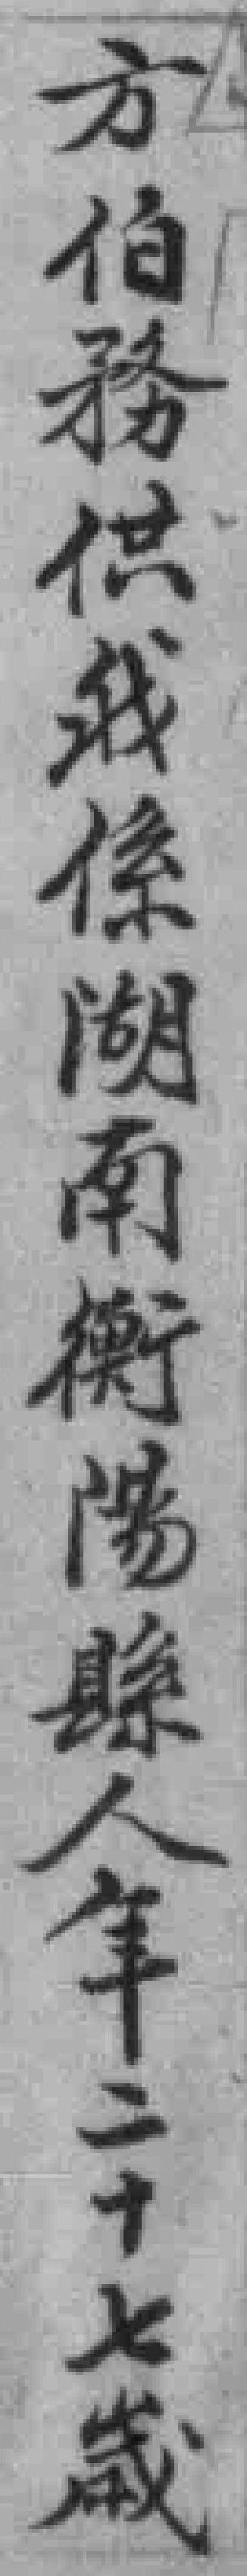
方伯務供我係湖南衡陽縣人年二十七歲